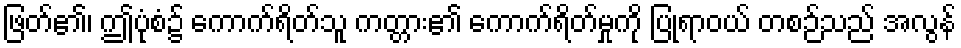
ဖြတ်၏၊ ဤပုံစံ၌ ကောက်ရိတ်သူ ကတ္တား၏ ကောက်ရိတ်မှုကို ပြုရာဝယ် တစဉ်သည် အလွန်